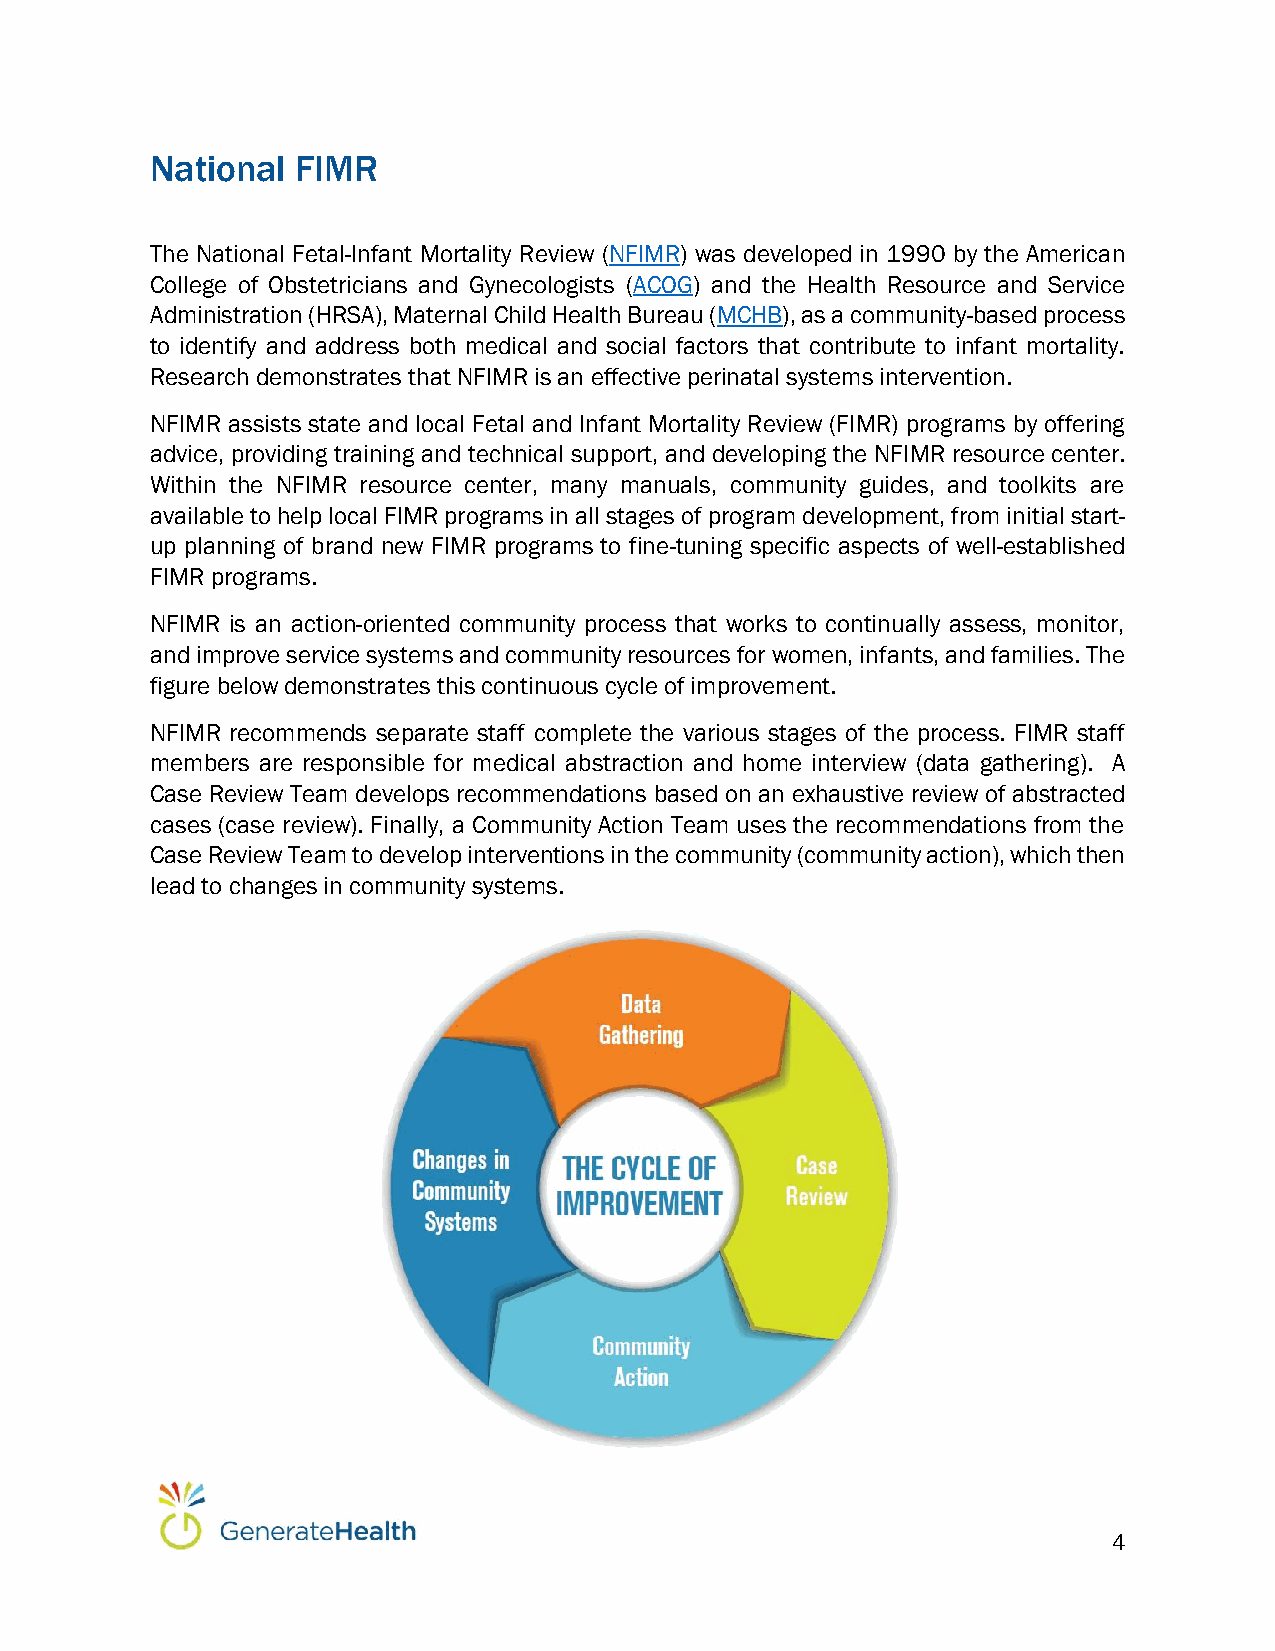
National  FIMR
 The National Fetal-Infant Mortality Review (NFIMR) was developed in 1990 by the American
 College of Obstetricians and Gynecologists (ACOG) and the Health Resource and Service
 Administration (HRSA), Maternal Child Health Bureau (MCHB), as a community-based process
 to identify and address both medical and social factors that contribute to infant mortality.
 Research demonstrates that NFIMR is an effective perinatal systems intervention.
 NFIMR assists state and local Fetal and Infant Mortality Review (FIMR) programs by offering
 advice, providing training and technical support, and developing the NFIMR resource center.
 Within the NFIMR resource center, many manuals, community guides, and toolkits are
 available to help local FIMR programs in all stages of program development, from initial start-
 up planning of brand new FIMR programs to fine-tuning specific aspects of well-established
 FIMR programs.
 NFIMR is an action-oriented community process that works to continually assess, monitor,
 and improve service systems and community resources for women, infants, and families. The
 figure below demonstrates this continuous cycle of improvement.
 NFIMR recommends separate staff complete the various stages of the process. FIMR staff
 members are responsible for medical abstraction and home interview (data gathering). A
 Case Review Team develops recommendations based on an exhaustive review of abstracted
 cases (case review). Finally, a Community Action Team uses the recommendations from the
 Case Review Team to develop interventions in the community (community action), which then
 lead to changes in community systems.
 4